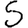
Digit: 5